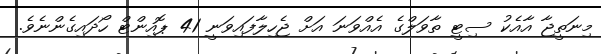
މިނަތީޖާ އާއެކު ސިޓީ ތާވަލްގެ އެއްވަނަ އަށް ޖެހިލާފައިވަނީ 41 ޕޮއިންޓް ހޯދައިގެންނެވެ.